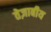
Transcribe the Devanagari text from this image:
तेज़ाबीय